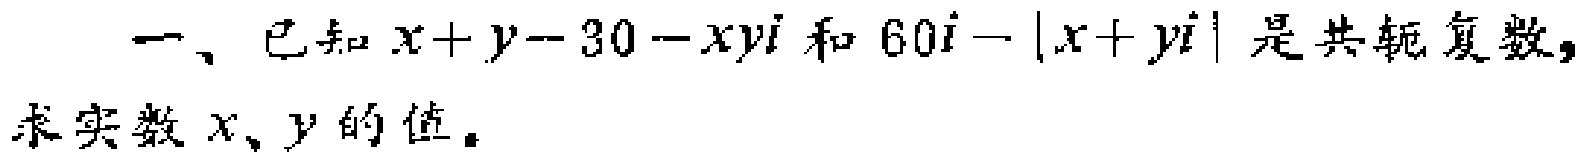
一、已知\(x + y - 30 - xy\mathrm{i}\)和\(60\mathrm{i}-\vert x + y\mathrm{i}\vert\)是共轭复数，求实数\(x、y\)的值。